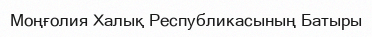
Моңғолия Халық Республикасының Батыры